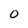
Character: 0